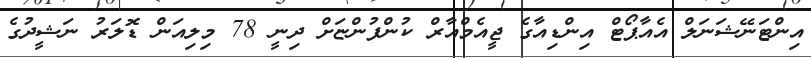
އިންޓަނޭޝަނަލް އެއާޕޯޓް އިންޑިއާގެ ޖީއެމްއާރް ކުންފުންޏަށް ދިނީ 78 މިލިއަން ޑޮލަރު ނަޝީދުގެ